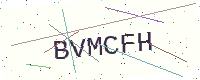
Text: BVMCFH